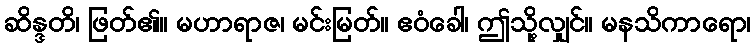
ဆိန္ဒတိ၊ ဖြတ်၏။ မဟာရာဇ၊ မင်းမြတ်။ ဧဝံခေါ၊ ဤသို့လျှင်။ မနသိကာရော၊